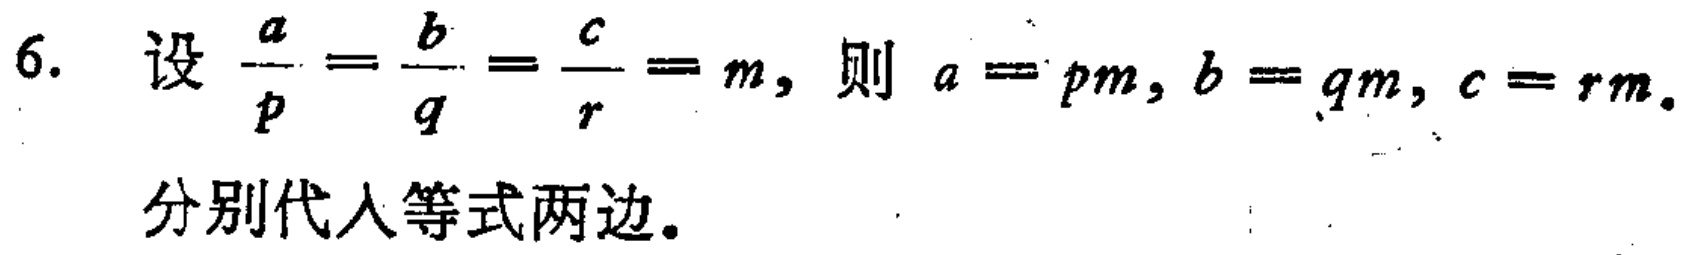
6. 设 \(\frac{a}{p}=\frac{b}{q}=\frac{c}{r}=m\)，则 \(a = pm\)，\(b = qm\)，\(c = rm\).

分别代入等式两边。